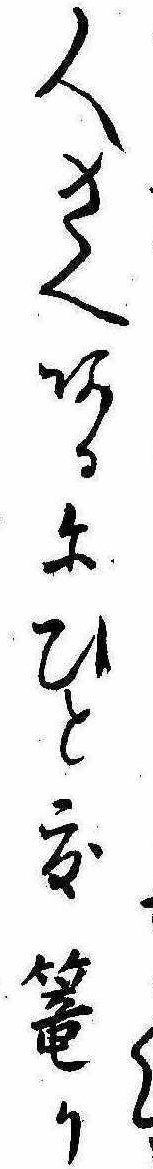
人さへあるにひと度篭り